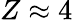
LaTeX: Z\approx 4